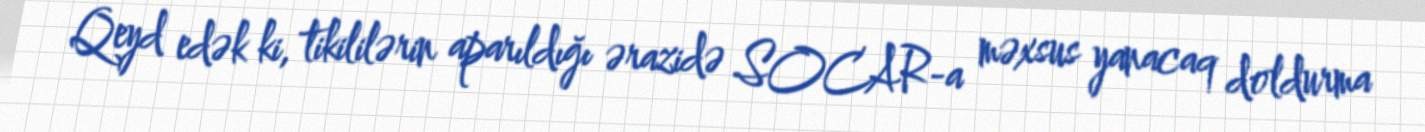
Qeyd edək ki, tikililərin aparıldığı ərazidə SOCAR-a məxsus yanacaq doldurma